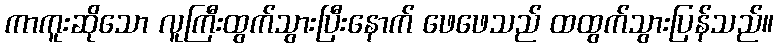
ကာကူးဆိုသော လူကြီးထွက်သွားပြီးနောက် ဖေဖေသည် ထထွက်သွားပြန်သည်။